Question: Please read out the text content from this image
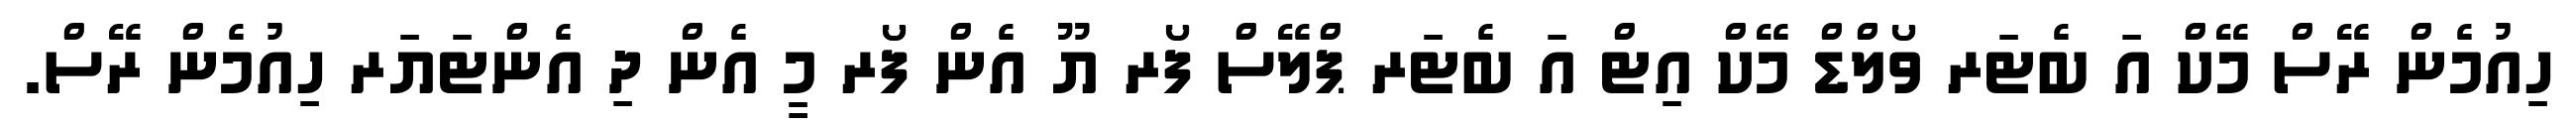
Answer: ހިއުމެން ރޭސް މޭކް އަ ބެޓަރ ވޯލްޑް މޭކް އިޓް އަ ބެޓަރ ޕްލޭސް ފޯރ ޔޫ އެން ފޯރ މީ އެން ދި އެންޓަޔަރ ހިއުމެން ރޭސް.